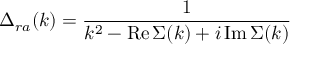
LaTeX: \Delta _ { r a } ( k ) = { \frac { 1 } { k ^ { 2 } - \mathrm { R e \, } \Sigma ( k ) + i \, \mathrm { I m \, } \Sigma ( k ) } }